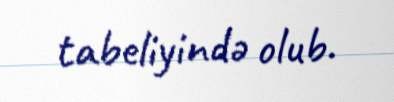
tabeliyində olub.